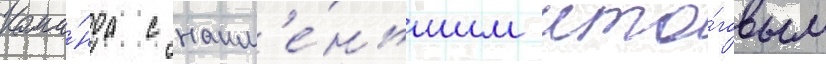
Кома́нда с наим'е́ньшим ито́говым